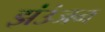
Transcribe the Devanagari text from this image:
झंउंजन